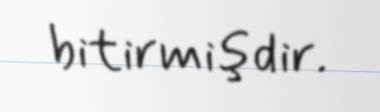
bitirmişdir.